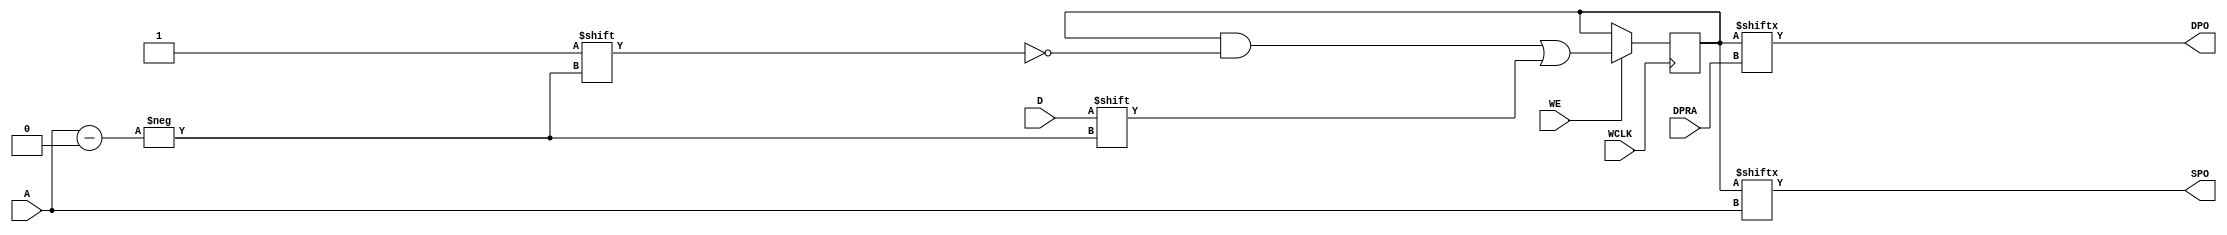
// $Header: /devl/xcs/repo/env/Databases/CAEInterfaces/verunilibs/data/rainier/RAM128X1D.v,v 1.5.20.1 2007/03/09 18:12:56 patrickp Exp $
///////////////////////////////////////////////////////////////////////////////
// Copyright (c) 1995/2004 Xilinx, Inc.
// All Right Reserved.
///////////////////////////////////////////////////////////////////////////////
//   ____  ____
//  /   /\/   /
// /___/  \  /    Vendor : Xilinx
// \   \   \/     Version : 8.2i (I.33)
//  \   \         Description : Xilinx Functional Simulation Library Component
//  /   /                  Static Dual Port Synchronous RAM 128-Deep by 1-Wide
// /___/   /\     Filename : RAM128X1D.v
// \   \  /  \    Timestamp : Thu Mar 25 16:43:34 PST 2004
//  \___\/\___\
//
// Revision:
//    02/07/05 - Initial version.
//    06/22/06 - Change initial to hex (CR 233085).
// End Revision

`timescale  1 ps / 1 ps


module RAM128X1D (DPO, SPO, A, D, DPRA, WCLK, WE);

    parameter INIT = 128'h0;

    output DPO, SPO;

    input  [6:0] A;
    input  [6:0] DPRA;
    input  D;
    input  WCLK;
    input  WE;

    reg [127:0] mem;


    assign SPO = mem[A];
    assign DPO = mem[DPRA];


    initial 
         mem = INIT;

    always @(posedge WCLK) 
	if (WE == 1'b1)
	    mem[A] <= #100 D;


endmodule